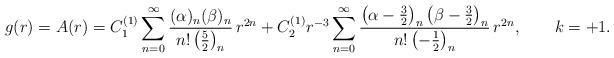
LaTeX: \begin{align*}g(r) = A(r) = C_1^{(1)} \sum_{n=0}^{\infty} \frac{(\alpha)_n(\beta)_n}{n! \left( \frac52 \right)_n} \, r^{2n} + C_2^{(1)}r^{-3} \sum_{n=0}^{\infty} \frac{ \left( \alpha-\frac32 \right)_n\left( \beta-\frac32 \right)_n}{n! \left( -\frac12 \right)_{n}} \,r^{2n}, \qquad k=+1.\end{align*}